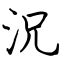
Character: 況